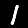
Digit: 1